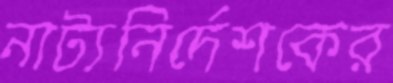
নাট্যনির্দেশকের